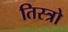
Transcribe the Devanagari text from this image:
तिस्त्रो